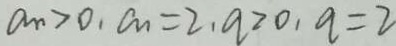
a _ { n } > 0 , a _ { n } = 2 , a > 0 , q = 2